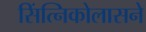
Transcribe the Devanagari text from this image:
सिंत्निकोलासने